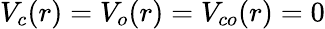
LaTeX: V_{c}(r)=V_{o}(r)=V_{co}(r)=0